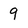
Character: 9